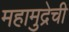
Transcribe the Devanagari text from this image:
महामुद्रेची